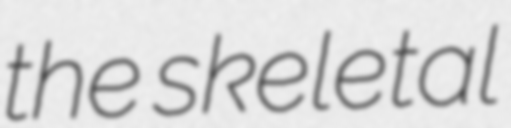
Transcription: the skeletal